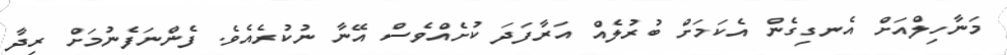
މަނާހިލްއަށް އެނގިގެން އެކަމަށް ބުރުލެއް އަރާފަދަ ކުށެއްވެސް އޭނާ ނުކުރެއެވެ. ފެންނަފެނުމަށް ރިދާ